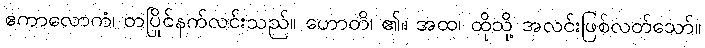
ဧကာလောကံ၊ တပြိုင်နက်လင်းသည်။ ဟောတိ၊ ၏။ အထ၊ ထိုသို့ အလင်းဖြစ်လတ်သော်။